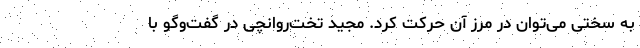
به سختی می‌توان در مرز آن حرکت کرد. مجید تخت‌روانچی در گفت‌وگو با